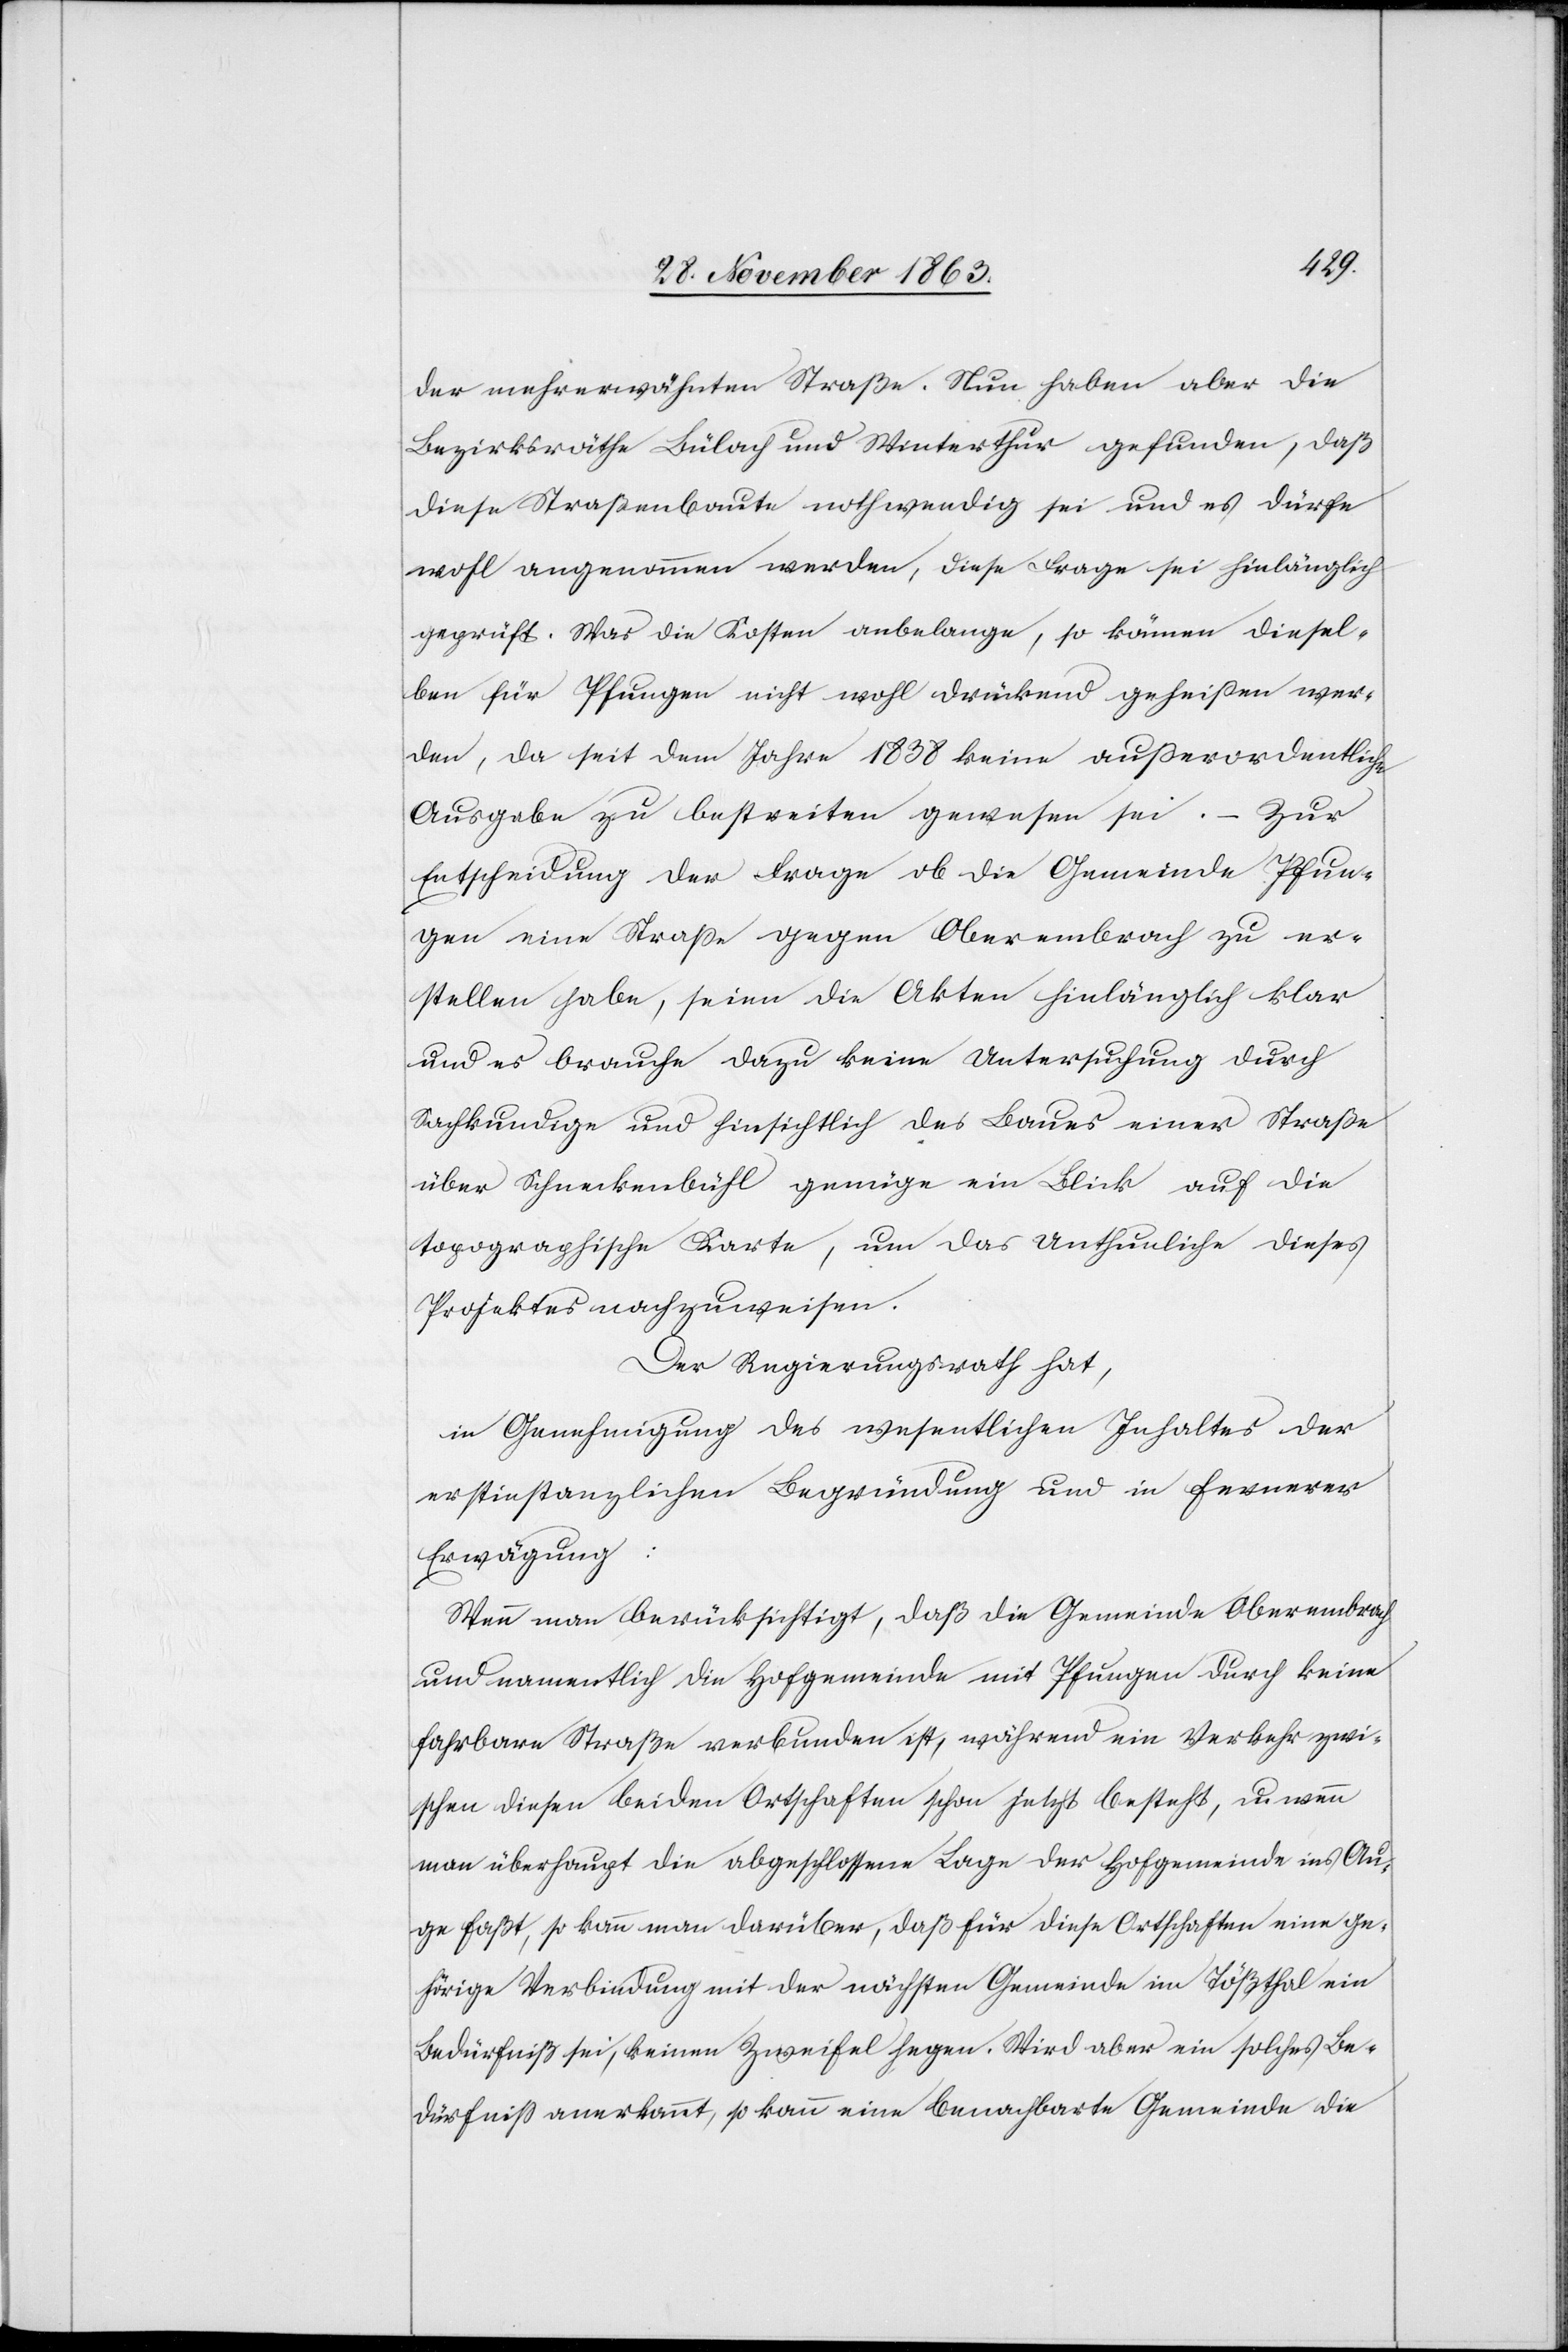
der mehrerwähnten Straße. Nun haben aber die
Bezirksräthe Bülach und Winterthur gefunden, daß
diese Straßenbaute nothwendig sei und es dürfe
wohl angenommen werden, diese Frage sei hinlänglich
geprüft. Was die Kosten anbelange, so können diesel¬
ben für Pfungen nicht wohl drückend geheißen wer¬
den, da seit dem Jahre 1838 keine außerordentliche
Ausgabe zu bestreiten gewesen sei. – Zur
Entscheidung der Frage ob die Gemeinde Pfun¬
gen eine Strasse gegen Oberembrach zu er¬
stellen habe, seien die Akten hinlänglich klar
und es brauche dazu keine Untersuchung durch
Sachkundige und hinsichtlich des Baues einer Straße
über Schneckenbühl genüge ein Blick auf die
topographische Karte, um das Unthunliche dieses
Projektes nachzuweisen.
Der Regierungsrath hat,
in Genehmigung des wesentlichen Inhaltes der
erstinstanzlichen Begründung und in fernerer
Erwägung:
Wenn man berücksichtigt, daß die Gemeinde Oberembrach
und namentlich die Hofgemeinde mit Pfungen durch keine
fahrbare Straße verbunden ist, während ein Verkehr zwi¬
schen diesen beiden Ortschaften schon jetzt besteht, u. wenn
man überhaupt die abgeschlossene Lage der Hofgemeinde ins Au¬
ge faßt, so kann man darüber, daß für diese Ortschaften eine ge¬
hörige Verbindung mit der nächsten Gemeinde im Tößthal ein
Bedürfniß sei, keinen Zweifel hegen. Wird aber ein solches Be¬
dürfniss anerkannt, so kann eine benachbarte Gemeinde die